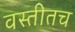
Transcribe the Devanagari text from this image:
वस्तीतच